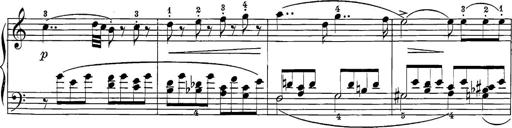
Title: 12 Sonatine per Pianoforte
Composer: Friedrich Kuhlau